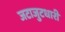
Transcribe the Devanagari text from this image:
जटाजुटधारी